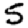
Digit: 5